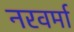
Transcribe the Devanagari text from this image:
नरवर्मा